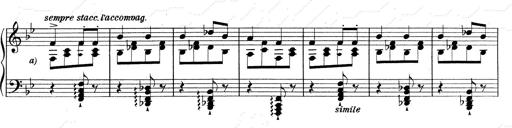
Title: RÃ©miniscences de Don Juan
Composer: Franz Liszt